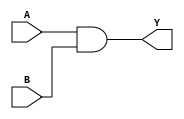
module combinational_logic_behavior(
    input wire A,
    input wire B,
    output reg Y
);

initial begin
    // Assign statement to model combinational logic behavior
    Y = A & B; // Assigning the AND operation of A and B to Y
end

endmodule